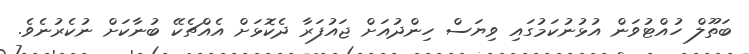
ބަތޫލް ހުއްޓުވަން އުޅުނުކަމުގައި ވިޔަސް ހިންދުއަށް ޖައުފަރާ ދެކޮޅަށް އެއްޗެކޭ ބުނާކަށް ނުކެރުނެވެ.